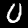
Label: 0